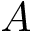
A